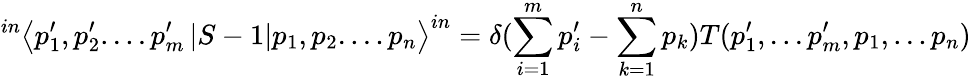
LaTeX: ^{in}\left\langle p_{1}^{\prime},p_{2}^{\prime}....p_{m}^{\prime}\left|S-1\right|p_{1},p_{2}....p_{n}\right\rangle^{in}=\delta(\sum_{i=1}^{m}p_{i}^{\prime}-\sum_{k=1}^{n}p_{k})T(p_{1}^{\prime},...p_{m}^{\prime},p_{1},...p_{n})